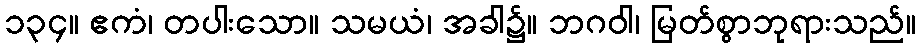
၁၃၄။ ဧကံ၊ တပါးသော။ သမယံ၊ အခါ၌။ ဘဂဝါ၊ မြတ်စွာဘုရားသည်။